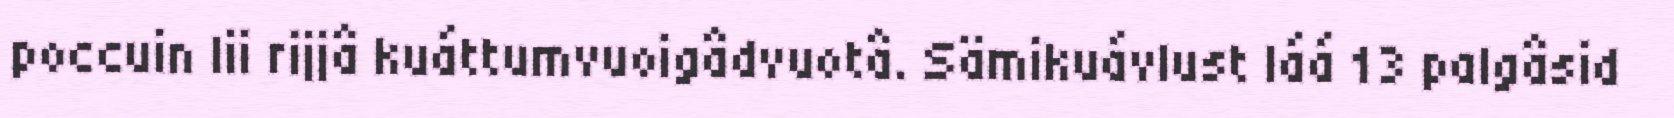
poccuin lii rijjâ kuáttumvuoigâdvuotâ. Sämikuávlust láá 13 palgâsid